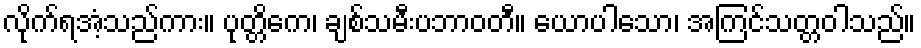
လိုက်ရအံ့သည်ကား။ ပုတ္တိကေ၊ ချစ်သမီးပဘာဝတီ။ ယောပါသော၊ အကြင်သတ္တဝါသည်။